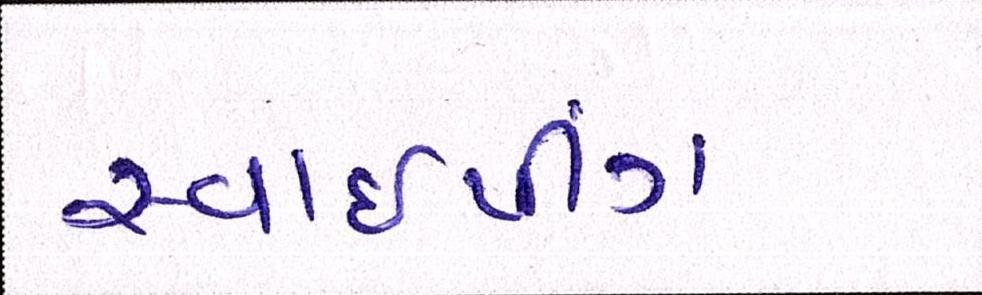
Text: સ્વાઈપીંગ